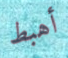
أهبط